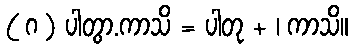
( ဂ ) ပါတွာ.ကာသိ = ပါတု + ၊ ကာသိ။